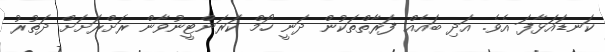
ކަނޑައަޅާފަ އެވެ. އަދި ބައެއް ފަރާތްތަކުން ދަނީ ހޯމް ކަރަންޓީނުވާން ރަށްރަށަށް ދަތުރު